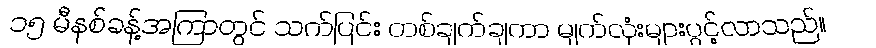
၁၅ မီနစ်ခန့်အကြာတွင် သက်ပြင်း တစ်ချက်ချကာ မျက်လုံးများပွင့်လာသည်။